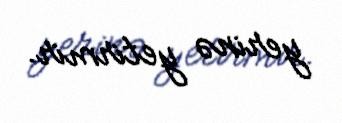
yerinə yetirmir.